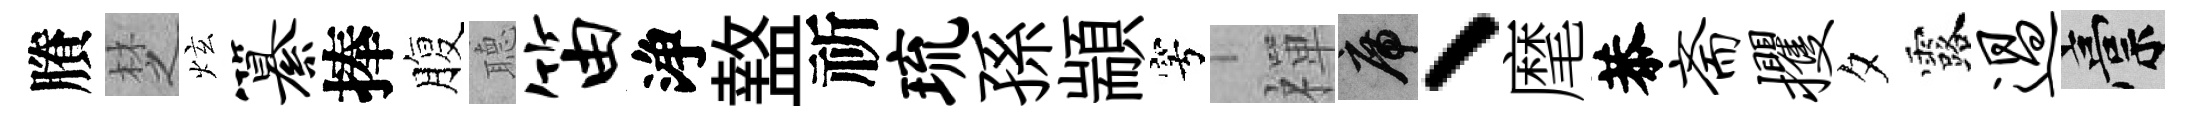
賸椘炫纂捧腹𦗟笛浄盩祈琉孫顓穹禪席、麾恭斋攫夕露过稿